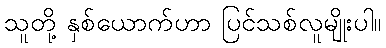
သူတို့ နှစ်ယောက်ဟာ ပြင်သစ်လူမျိုးပါ။